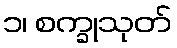
၁၊ စက္ခုသုတ်